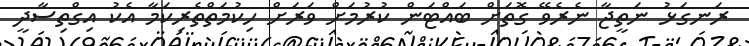
ރަނގަޅު ނަތީޖާ ނެރެވޭ ގޮތަށް ބައްޓަން ކުރުމަށް ވަރަށް ހިކުމަތްތެރިކަމާ އެކު އިގްތިސާދީ